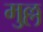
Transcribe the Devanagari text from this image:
मुल्ल